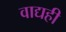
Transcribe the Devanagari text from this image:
वाद्यही